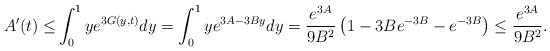
LaTeX: \begin{align*}A'(t)\leq&\int_0^1 ye^{3G(y,t)}dy=\int_0^1 y e^{3A-3By}dy=\frac{e^{3A}}{9B^2}\left(1-3Be^{-3B}-e^{-3B}\right)\leq \frac{e^{3A}}{9B^2}. \end{align*}